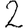
Digit: 2